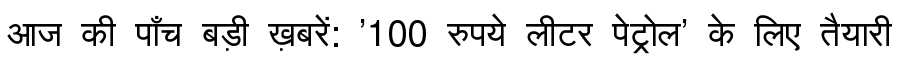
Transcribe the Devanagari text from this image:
आज की पाँच बड़ी ख़बरें: '100 रुपये लीटर पेट्रोल' के लिए तैयारी